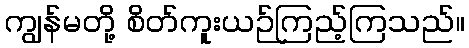
ကျွန်မတို့ စိတ်ကူးယဉ်ကြည့်ကြသည်။